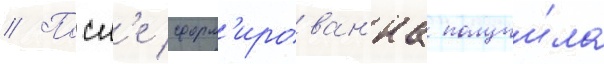
// Посл'е сформ'ирован'иа получи́ла